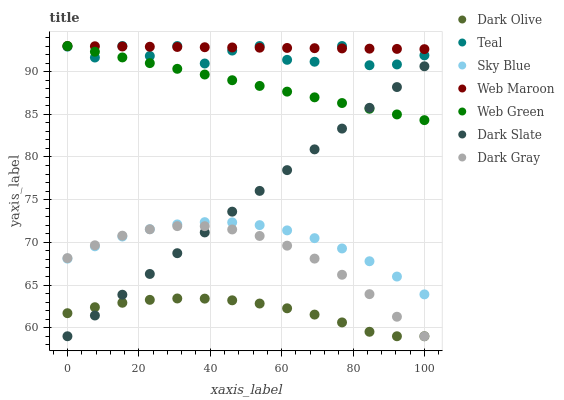
| xaxis_label | Dark Olive | Teal | Sky Blue | Web Maroon | Web Green | Dark Slate | Dark Gray |
 | --- | --- | --- | --- | --- | --- | --- | --- |
 | 0 | 61.7 | 92.9 | 68.1 | 93 | 93 | 59 | 68.2 |
 | 7.69 | 62.4 | 91.7 | 69.5 | 93 | 92.3 | 61.4 | 69.7 |
 | 15.4 | 62.9 | 93 | 70.7 | 92.9 | 91.7 | 63.9 | 70.8 |
 | 23.1 | 63.3 | 91.8 | 71.5 | 92.9 | 91 | 66.3 | 71.5 |
 | 30.8 | 63.4 | 93 | 72.1 | 92.9 | 90.3 | 68.7 | 71.9 |
 | 38.5 | 63.4 | 91 | 72.4 | 92.9 | 89.7 | 71.2 | 71.9 |
 | 46.2 | 63.2 | 92.5 | 72.3 | 92.8 | 89 | 73.6 | 71.5 |
 | 53.8 | 62.8 | 93 | 72 | 92.8 | 88.3 | 76 | 70.7 |
 | 61.5 | 62.3 | 91.4 | 71.4 | 92.8 | 87.7 | 78.5 | 69.6 |
 | 69.2 | 61.5 | 91.2 | 70.5 | 92.7 | 87 | 80.9 | 68.1 |
 | 76.9 | 60.6 | 93 | 69.3 | 92.7 | 86.3 | 83.3 | 66.2 |
 | 84.6 | 59.5 | 90.7 | 67.8 | 92.7 | 85.7 | 85.8 | 63.9 |
 | 92.3 | 59 | 90.8 | 66 | 92.7 | 85 | 88.2 | 61.3 |
 | 100 | 59 | 91.9 | 63.9 | 92.6 | 84.3 | 90.6 | 59 |